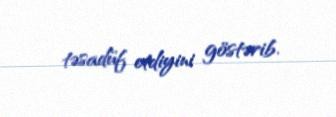
təsadüf etdiyini göstərib.